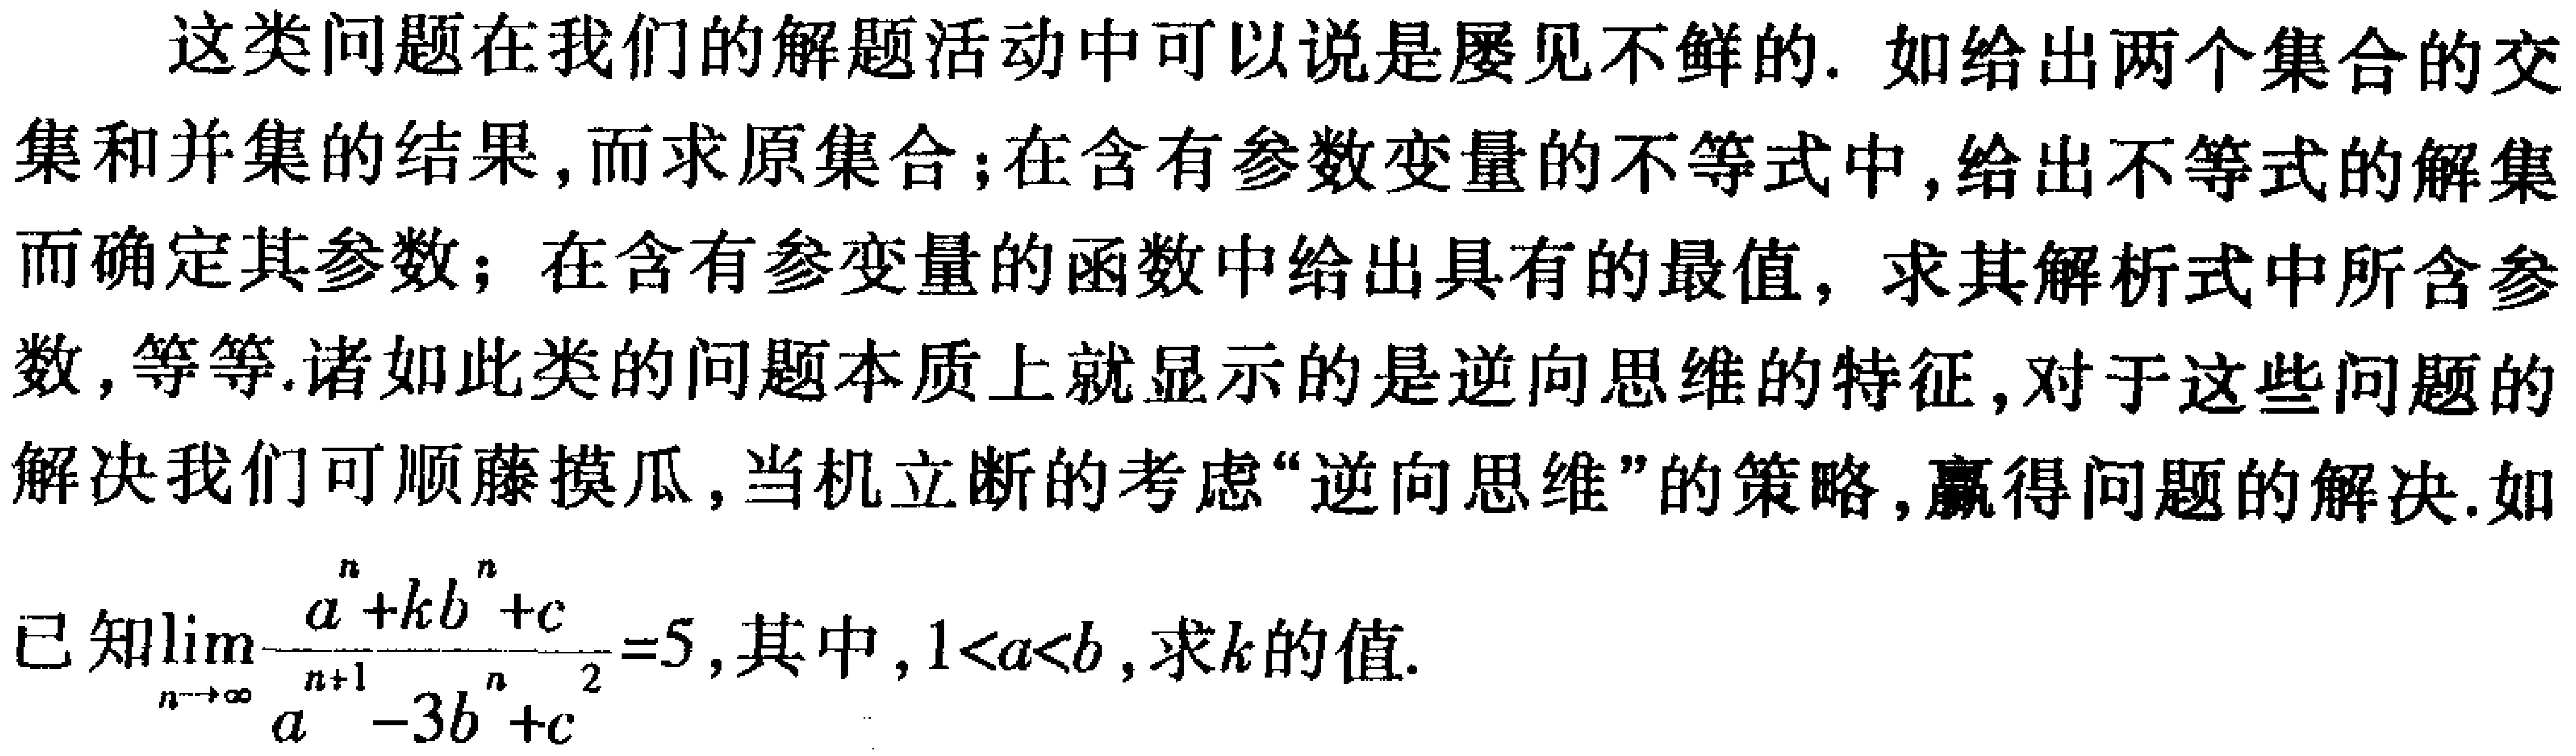
这类问题在我们的解题活动中可以说是屡见不鲜的. 如给出两个集合的交集和并集的结果,而求原集合;在含有参数变量的不等式中,给出不等式的解集而确定其参数; 在含有参变量的函数中给出具有的最值, 求其解析式中所含参数,等等.诸如此类的问题本质上就显示的是逆向思维的特征,对于这些问题的解决我们可顺藤摸瓜,当机立断的考虑“逆向思维”的策略,赢得问题的解决.如

已知\(\lim_{n\rightarrow\infty}\frac{a^{n}+kb^{n}+c}{a^{n + 1}-3b^{n}+c^{2}} = 5\),其中,\(1 < a < b\),求\(k\)的值.